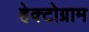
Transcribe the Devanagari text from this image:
हेक्टोग्राम